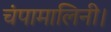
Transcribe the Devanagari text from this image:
चंपामालिनी।